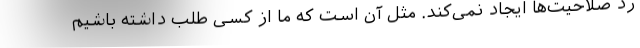
رد صلاحیت‌ها ایجاد نمی‌کند. مثل آن است که ما از کسی طلب داشته باشیم